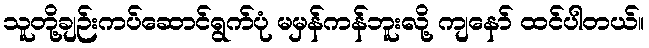
သူတို့ချဉ်းကပ်ဆောင်ရွက်ပုံ မမှန်ကန်ဘူးလို့ ကျနော် ထင်ပါတယ်။